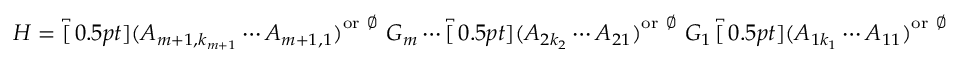
H = \overbracket [ 0 . 5 p t ] { ( A _ { m + 1 , k _ { m + 1 } } \cdots A _ { m + 1 , 1 } ) } ^ { \mathrm { o r ~ \varnothing ~ } } G _ { m } \cdots \overbracket [ 0 . 5 p t ] { ( A _ { 2 k _ { 2 } } \cdots A _ { 2 1 } ) } ^ { \mathrm { o r ~ \varnothing ~ } } G _ { 1 } \overbracket [ 0 . 5 p t ] { ( A _ { 1 k _ { 1 } } \cdots A _ { 1 1 } ) } ^ { \mathrm { o r ~ \varnothing ~ } }